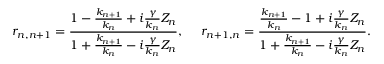
r _ { n , n + 1 } = \frac { 1 - \frac { k _ { n + 1 } } { k _ { n } } + i \frac { \gamma } { k _ { n } } Z _ { n } } { 1 + \frac { k _ { n + 1 } } { k _ { n } } - i \frac { \gamma } { k _ { n } } Z _ { n } } , \ \ \ \ r _ { n + 1 , n } = \frac { \frac { k _ { n + 1 } } { k _ { n } } - 1 + i \frac { \gamma } { k _ { n } } Z _ { n } } { 1 + \frac { k _ { n + 1 } } { k _ { n } } - i \frac { \gamma } { k _ { n } } Z _ { n } } .